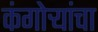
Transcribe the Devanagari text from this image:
कंगोर्‍यांचा